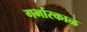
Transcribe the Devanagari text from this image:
गर्भारकाळ